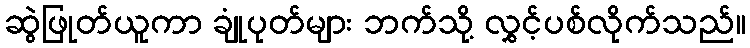
ဆွဲဖြုတ်ယူကာ ချုံပုတ်များ ဘက်သို့ လွှင့်ပစ်လိုက်သည်။